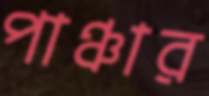
পাঞ্চার